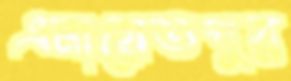
এনায়েতপুর